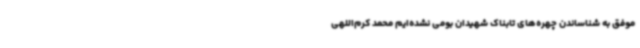
موفق به شناساندن چهره‌های تابناک شهیدان بومی نشده‌ایم محمد کرم‌اللهی